Vaccination in Bombay 1874-1876 - 1874-1876
Year: 1874
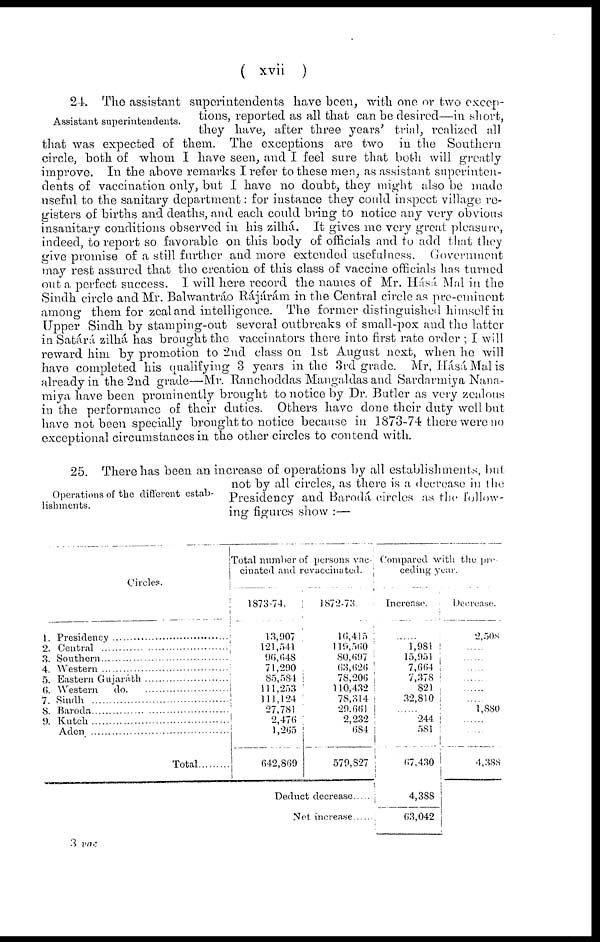
( xvii )
Assistant superintendents.
24. The assistant superintendents have been, with one or two excep-
tions, reported as all that can be desired—in short,
they have, after three years' trial, realized all
that was expected of them. The exceptions are two in the Southern
circle, both of whom I have seen, and I feel sure that both will greatly
improve. In the above remarks I refer to these men, as assistant superinten-
dents of vaccination only, but I have no doubt, they might also be made
useful to the sanitary department: for instance they could inspect village re-
gisters of births and deaths, and each could bring to notice any very obvious
insanitary conditions observed in his zilhá. It gives me very great pleasure,
indeed, to report so favorable on this body of officials and to add that they
give promise of a still further and more extended usefulness.
Government
may rest assured that the creation of this class of vaccine officials has turned
out a perfect success. I will here record the names of Mr. Hásá Mal in the
Sindh circle and Mr. Balwantráo Rájárám in the Central circle as pre-eminent
among them for zeal and intelligence. The former distinguished himself in
Upper Sindh by stamping-out several outbreaks of small-pox and the latter
in Sátárá zilhá has brought the vaccinators there into first rate order ; I will
reward him by promotion to 2nd class on 1st August next, when he will
have completed his qualifying 3 years in the 3rd grade. Mr. Hásá Mal is
already in the 2nd grade—Mr. Ranchoddas Mangaldas and Sardarmiya Nana-
miya have been prominently brought to notice by Dr. Butler as very zealous
in the performance of their duties. Others have done their duty well but
have not been specially brought to notice because in 1873-74 there were no
exceptional circumstances in the other circles to contend with.
Operations of the different estab-
lishments.
25. There has been an increase of operations by all establishments, but
not by all circles, as there is a decrease in the
Presidency and Barodá circles as the follow-
ing figures show :—
Circles.
1
2.
3.
4.
5.
6.
7
8.
9.
Presidency..............................
Central....................................
Southern.................................
Western.................................
Eastern Gujarath...................
Western do. ...........................
Sindh.......................................
Baroda....................................
Kutch....................................
Aden ..........................................
Total
Total number of persons vac-
cinated and revaccinated.
1873-74.
13,907
121,541
96,648
71,290
85,584
111,253
111,124
27,781
2,476
1,265
642,869
1872-73.
16,415
119,560
80,697
63,626
78,206
110,432
78,314
29,661
2,232
684
579,827
Deduct decrease
Not increase ......
Compared with the pre
ceding year.
Increase.
......
1,981
15,951
7,664
7,378
821
32,810
......
244
581
67,430
4,388
63,042
Decrease.
2,508
......
......
......
......
......
......
1,880
......
......
4,388
3 vac